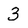
Character: 3